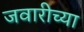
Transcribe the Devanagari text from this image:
जवारीच्या